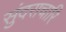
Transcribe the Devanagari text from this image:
सुंदराचारि